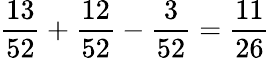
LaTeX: {\frac{13}{52}}+{\frac{12}{52}}-{\frac{3}{52}}={\frac{11}{26}}